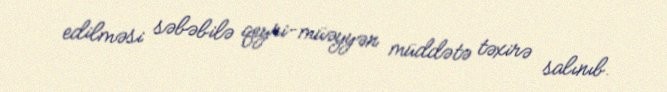
edilməsi səbəbilə qeyri-müəyyən müddətə təxirə salınıb.